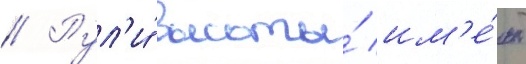
// Рул'и́ высоты́ им'е́ют